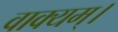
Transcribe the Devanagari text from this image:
वाक्यम्।